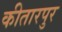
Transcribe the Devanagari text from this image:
कीतारपुर